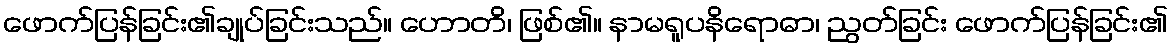
ဖောက်ပြန်ခြင်း၏ချုပ်ခြင်းသည်။ ဟောတိ၊ ဖြစ်၏။ နာမရူပနိရောဓာ၊ ညွတ်ခြင်း ဖောက်ပြန်ခြင်း၏